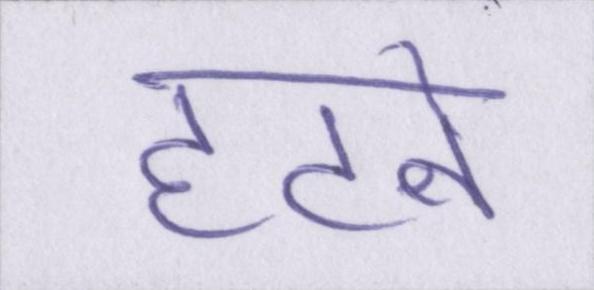
हटने